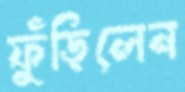
ফুঁড়িলেন